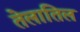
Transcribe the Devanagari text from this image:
तेलातिल